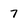
Character: 7